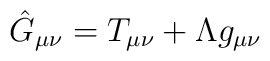
\hat{G}_{\mu \nu }={T}_{\mu \nu }+\Lambda {g}_{\mu \nu }